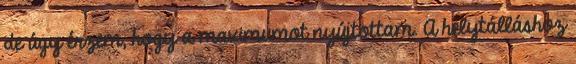
de úgy érzem, hogy a maximumot nyújtottam. A helytálláshoz